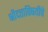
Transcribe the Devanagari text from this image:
श्रीदत्ताविषयीचे